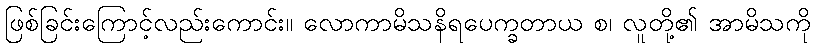
ဖြစ်ခြင်းကြောင့်လည်းကောင်း။ လောကာမိသနိရပေက္ခတာယ စ၊ လူတို့၏ အာမိသကို